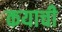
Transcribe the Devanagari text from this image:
कयाची